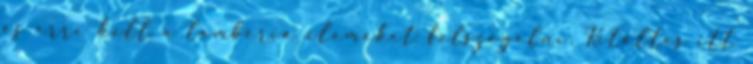
és erre kell a lambéria elemeket felszögelni. Kitöltés itt